Mental hospitals Bombay report 1929-33 - 1929-1933
Year: 1929
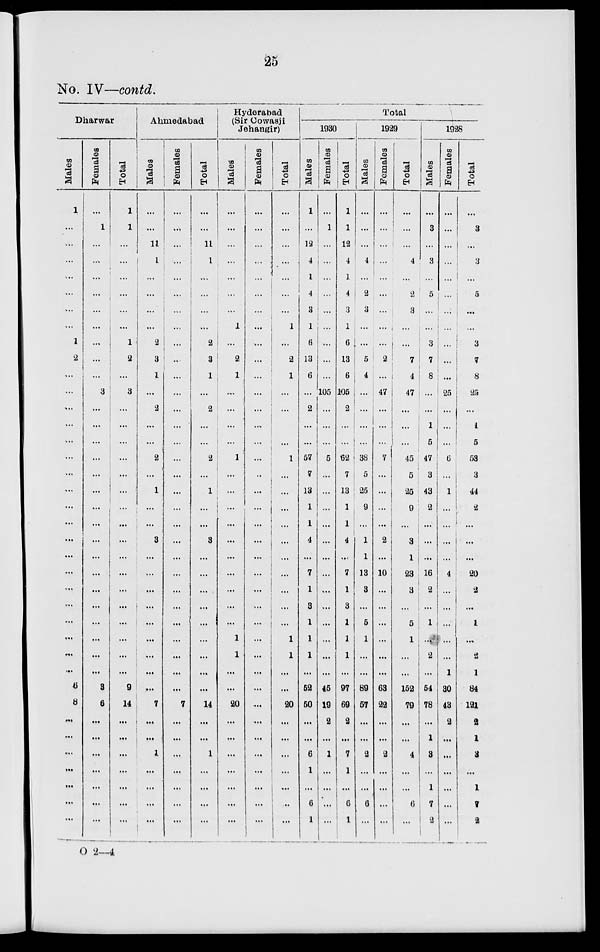
25
No. IV—contd.
Dharwar
Males
1
...
...
...
...
...
...
...
1
2
...
...
...
...
...
...
...
...
...
...
...
...
...
...
...
...
...
...
...
6
8
...
...
...
...
...
...
...
Females
...
1
...
...
...
...
...
...
...
...
...
3
...
...
...
...
...
...
...
...
...
...
...
...
...
...
...
...
...
3
6
...
...
...
...
...
...
...
Total
1
1
...
...
...
...
...
...
1
2
...
3
...
...
...
...
...
...
...
...
...
...
...
...
...
...
...
...
...
9
14
...
...
...
...
...
...
...
Ahmedabad
Males
...
...
11
1
...
...
...
...
2
3
1
...
2
...
...
2
...
1
...
...
3
...
...
...
...
...
...
...
...
...
7
...
...
1
...
...
...
...
Females
...
...
...
...
...
...
...
...
...
..
...
...
...
...
...
...
...
...
...
...
...
...
...
...
...
...
...
...
...
...
7
...
...
...
...
...
...
...
Total
...
...
11
1
...
...
...
...
2
3
1
...
2
...
...
2
...
1
...
...
3
...
...
...
...
...
...
...
...
...
14
...
...
1
...
...
...
...
Hyderabad
(Sir Cowasji
Jehangir)
Males
...
...
...
...
...
...
...
1
...
2
1
...
...
...
...
1
...
...
...
...
...
...
...
...
...
...
1
1
...
...
20
...
...
...
...
...
...
...
Females
...
...
...
...
...
...
...
...
...
...
...
...
...
...
...
...
...
...
...
...
...
...
...
...
...
...
...
...
...
...
...
...
...
...
...
...
...
...
Total
...
...
...
...
...
...
...
1
...
2
1
...
...
...
...
1
...
...
...
...
...
...
...
...
...
...
1
1
...
...
20
...
...
...
...
...
...
...
Total
1930
Males
1
...
12
4
1
4
3
1
6
13
6
...
2
...
...
57
...
13
...
...
...
...
...
...
...
...
...
...
...
52
50
...
...
6
1
...
6
1
Females
...
1
...
...
...
...
...
...
...
...
...
105
...
...
...
5
...
...
...
...
...
...
...
...
...
...
...
...
...
45
19
2
...
1
...
...
...
...
Total
1
1
12
4
1
4
3
1
6
13
6
105
2
...
...
62
7
13
1
1
4
...
7
1
3
1
1
1
...
97
69
2
...
7
1
...
6
1
1929
Males
...
...
...
4
...
2
3
...
...
5
4
...
...
...
...
38
5
25
9
...
1
1
13
3
...
5
1
...
...
89
57
...
...
2
...
...
6
...
Females
...
...
...
...
...
...
...
...
...
2
...
47
...
...
...
7
...
...
...
...
2
...
10
...
...
...
...
...
...
63
22
...
...
2
...
...
...
...
Total
...
...
...
4
...
2
3
...
...
7
4
47
...
...
...
45
5
25
9
...
3
1
23
3
...
5
1
...
...
152
79
...
...
4
...
...
6
...
1928
Males
...
3
...
3
...
5
...
...
3
7
8
...
...
1
5
47
3
43
2
...
...
...
16
2
...
1
...
2
...
54
78
...
1
3
...
1
7
2
Females
...
...
...
...
...
...
...
...
...
...
...
25
...
...
...
6
...
1
...
...
...
...
4
...
...
...
...
...
1
30
43
2
...
...
...
...
...
...
Total
...
3
...
3
...
5
...
...
3
7
8
25
...
1
5
53
3
44
2
...
...
...
20
2
...
1
...
2
1
84
121
2
1
3
...
1
7
2
O 2—4